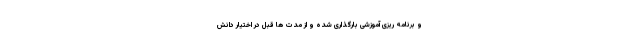
و برنامه ریزی آموزشی بارگذاری شده و از مدت ها قبل در اختیار دانش